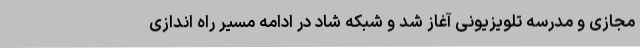
مجازی و مدرسه تلویزیونی آغاز شد و شبکه شاد در ادامه مسیر راه اندازی